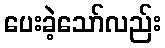
ပေးခဲ့သော်လည်း